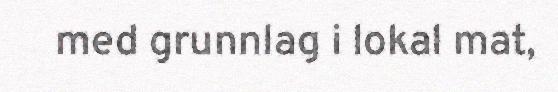
med grunnlag i lokal mat,